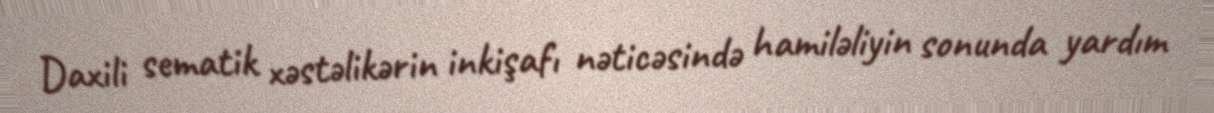
Daxili sematik xəstəlikərin inkişafı nəticəsində hamiləliyin sonunda yardım